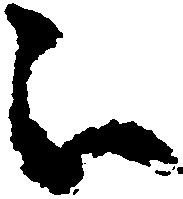
被